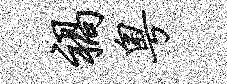
祸粤